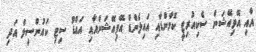
އާއި އޭވިއޭޝަން ސެކިއުރިޓީ ކޮމާންޑާއި އައިލެންޑް އޭވިއޭޝަންއާއި އައްޑޫ ސިޓި ކައުންސިލް އަދި